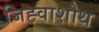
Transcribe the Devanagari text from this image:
जिह्वाशोथ